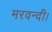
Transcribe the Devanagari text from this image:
मरवन्दी।